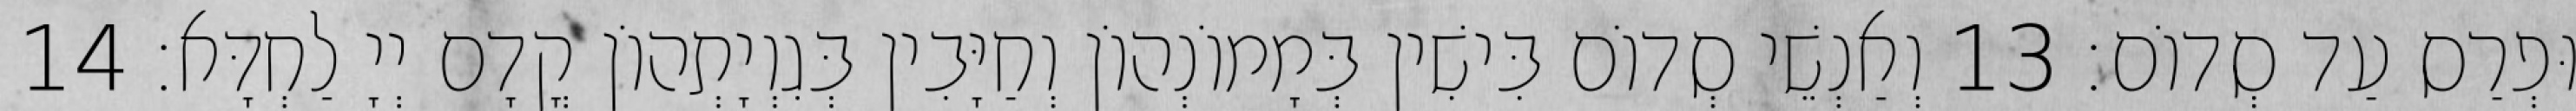
וּפְרַס עַד סְדוֹם׃ 13 וְאַנְשֵׁי סְדוֹם בִּישִׁין בְּמָמוֹנְהוֹן וְחַיָּבִין בְּגִוְיָתְהוֹן קֳדָם יְיָ לַחְדָּא׃ 14